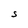
Character: S